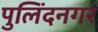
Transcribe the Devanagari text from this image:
पुलिंदनगर